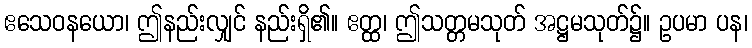
ဧသေဝနယော၊ ဤနည်းလျှင် နည်းရှိ၏။ ဧတ္ထ၊ ဤသတ္တမသုတ် အဋ္ဌမသုတ်၌။ ဥပမာ ပန၊